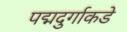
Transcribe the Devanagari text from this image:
पद्मदुर्गाकडे